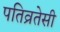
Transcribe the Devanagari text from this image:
पतिव्रतेसी